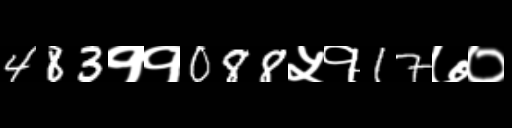
Text: 483११088५१17७०